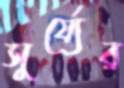
সুর্য্যের